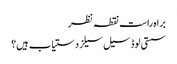
براہ راست نقطہ نظر
سستی لوڈ سیل سیلز دستیاب ہیں؟